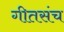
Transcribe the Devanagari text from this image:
गीतसंच